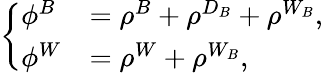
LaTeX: \left\{ \begin{array}{ll}{\phi^{B}}&{=\rho^{B}+\rho^{D_{B}}+\rho^{W_{B}},}\\ {\phi^{W}}&{=\rho^{W}+\rho^{W_{B}},}\end{array}\right.